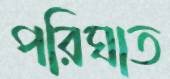
পরিঘাত